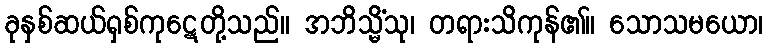
ခုနှစ်ဆယ်ရှစ်ကုဋေတို့သည်။ အဘိသ္မိံသု၊ တရားသိကုန်၏။ သောသမယော၊